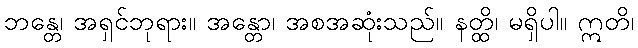
ဘန္တေ၊ အရှင်ဘုရား။ အန္တော၊ အစအဆုံးသည်။ နတ္ထိ၊ မရှိပါ။ ဣတိ၊